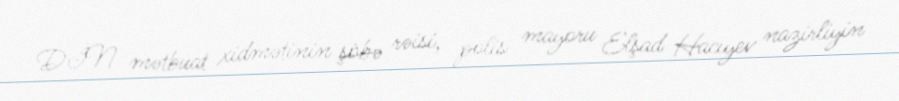
DİN mətbuat xidmətinin şöbə rəisi, polis mayoru Elşad Hacıyev nazirliyin